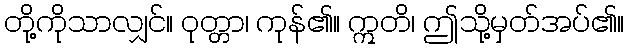
တို့ကိုသာလျှင်။ ဝုတ္တာ၊ ကုန်၏။ ဣတိ၊ ဤသို့မှတ်အပ်၏။